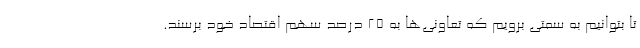
تا بتوانیم به سمتی برویم که تعاونی‌ها به ۲۵ درصد سهم اقتصاد خود برسند.